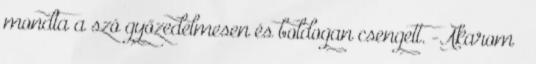
mondta a szó győzedelmesen és boldogan csengett. -Akarom –